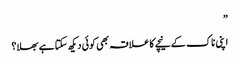
”
اپنی ناک کے نیچے کا علاقہ بھی کوئی دیکھ سکتا ہے بھلا؟